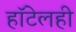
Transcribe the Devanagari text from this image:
हॉटेलही